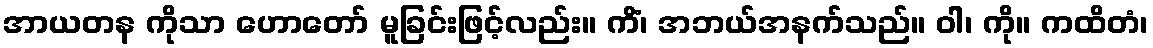
အာယတန ကိုသာ ဟောတော် မူခြင်းဖြင့်လည်း။ ကိံ၊ အဘယ်အနက်သည်။ ဝါ၊ ကို။ ကထိတံ၊